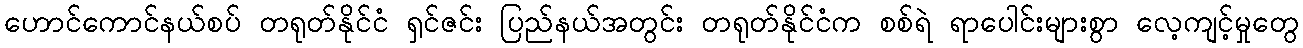
ဟောင်ကောင်နယ်စပ် တရုတ်နိုင်ငံ ရှင်ဇင်း ပြည်နယ်အတွင်း တရုတ်နိုင်ငံက စစ်ရဲ ရာပေါင်းများစွာ လေ့ကျင့်မှုတွေ